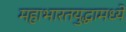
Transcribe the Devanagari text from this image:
महाभारतयुद्धामध्ये